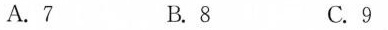
A.7 B.8 C.9